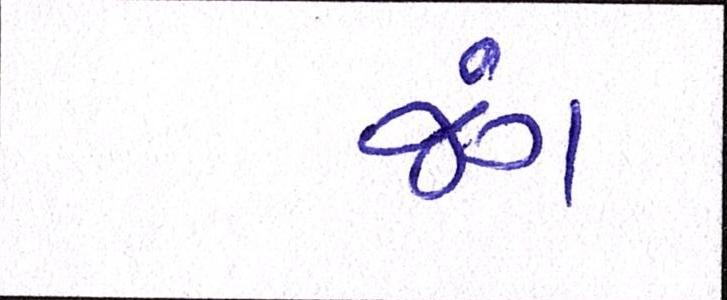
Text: જંગ